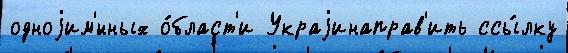
одноjим'́нных о́бласт'и Украjинаправ'ить ссы́лку